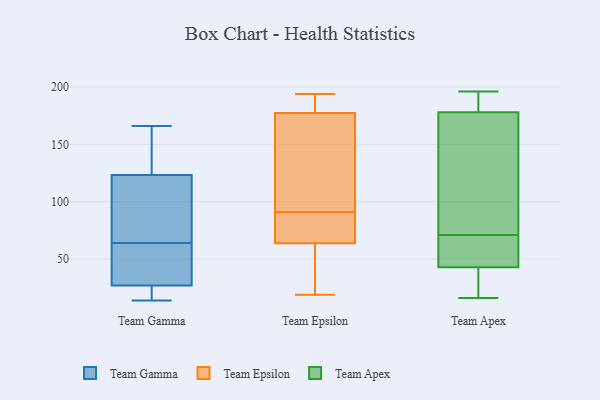
{"axis": {"x": "Headcount", "y": "Value"}, "legend": ["Team Apex", "Team Epsilon", "Team Gamma"], "data": [{"x": "", "y": 14, "type": "Team Gamma"}, {"x": "", "y": 54, "type": "Team Gamma"}, {"x": "", "y": 115, "type": "Team Gamma"}, {"x": "", "y": 45, "type": "Team Gamma"}, {"x": "", "y": 140, "type": "Team Gamma"}, {"x": "", "y": 94, "type": "Team Gamma"}, {"x": "", "y": 21, "type": "Team Gamma"}, {"x": "", "y": 138, "type": "Team Gamma"}, {"x": "", "y": 29, "type": "Team Gamma"}, {"x": "", "y": 62, "type": "Team Gamma"}, {"x": "", "y": 14, "type": "Team Gamma"}, {"x": "", "y": 166, "type": "Team Gamma"}, {"x": "", "y": 95, "type": "Team Gamma"}, {"x": "", "y": 64, "type": "Team Gamma"}, {"x": "", "y": 136, "type": "Team Gamma"}, {"x": "", "y": 18, "type": "Team Gamma"}, {"x": "", "y": 119, "type": "Team Gamma"}, {"x": "", "y": 187, "type": "Team Epsilon"}, {"x": "", "y": 112, "type": "Team Epsilon"}, {"x": "", "y": 178, "type": "Team Epsilon"}, {"x": "", "y": 51, "type": "Team Epsilon"}, {"x": "", "y": 64, "type": "Team Epsilon"}, {"x": "", "y": 88, "type": "Team Epsilon"}, {"x": "", "y": 180, "type": "Team Epsilon"}, {"x": "", "y": 140, "type": "Team Epsilon"}, {"x": "", "y": 91, "type": "Team Epsilon"}, {"x": "", "y": 63, "type": "Team Epsilon"}, {"x": "", "y": 194, "type": "Team Epsilon"}, {"x": "", "y": 177, "type": "Team Epsilon"}, {"x": "", "y": 76, "type": "Team Epsilon"}, {"x": "", "y": 151, "type": "Team Epsilon"}, {"x": "", "y": 42, "type": "Team Epsilon"}, {"x": "", "y": 72, "type": "Team Epsilon"}, {"x": "", "y": 19, "type": "Team Epsilon"}, {"x": "", "y": 16, "type": "Team Apex"}, {"x": "", "y": 66, "type": "Team Apex"}, {"x": "", "y": 56, "type": "Team Apex"}, {"x": "", "y": 43, "type": "Team Apex"}, {"x": "", "y": 35, "type": "Team Apex"}, {"x": "", "y": 196, "type": "Team Apex"}, {"x": "", "y": 76, "type": "Team Apex"}, {"x": "", "y": 193, "type": "Team Apex"}, {"x": "", "y": 135, "type": "Team Apex"}, {"x": "", "y": 178, "type": "Team Apex"}]}